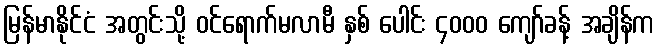
မြန်မာနိုင်ငံ အတွင်းသို့ ဝင်ရောက်မလာမီ နှစ် ပေါင်း ၄၀၀၀ ကျော်ခန့် အချိန်က